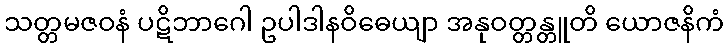
သတ္တမဇဝနံ ပဋိဘာဂေါ ဥပါဒါနဝိဓေယျာ အနုဝတ္တန္တူတိ ယောဇနိကံ